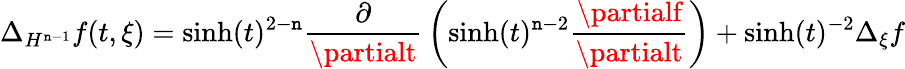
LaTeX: \Delta_{H^{\mathtt{n}-1}}f(t,\xi)=\sinh(t)^{2-\mathtt{n}}{\frac{{\partial}}{{\partialt}}}\left(\sinh(t)^{\mathtt{n}-2}{\frac{{\partialf}}{{\partialt}}}\right)+\sinh(t)^{-2}\Delta_{\xi}f